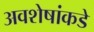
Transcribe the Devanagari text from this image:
अवशेषांकडे